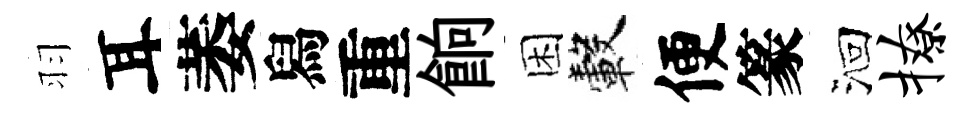
羽耳萎舄重餉困轂便篆洄撩